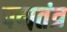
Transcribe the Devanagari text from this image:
पद्मतंत्र